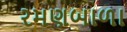
રમણબાળા